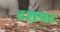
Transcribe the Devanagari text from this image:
दशपट